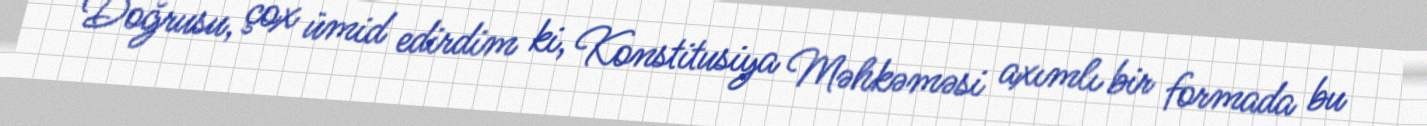
Doğrusu, çox ümid edirdim ki, Konstitusiya Məhkəməsi axımlı bir formada bu